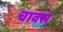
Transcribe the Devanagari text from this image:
चावस